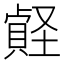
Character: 𡑧